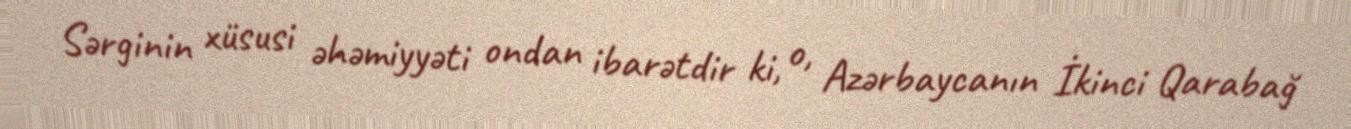
Sərginin xüsusi əhəmiyyəti ondan ibarətdir ki, o, Azərbaycanın İkinci Qarabağ